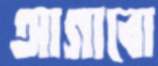
আগাবো